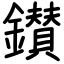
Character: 鑚